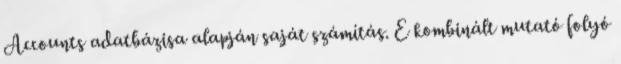
Accounts adatbázisa alapján saját számítás. E kombinált mutató folyó